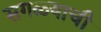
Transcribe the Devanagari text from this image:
सगळ्याची